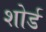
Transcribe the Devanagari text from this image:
शोर्ड